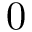
0